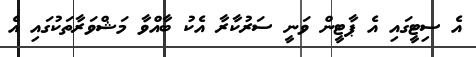
އެ ސިޓީގައި އެ ޕާޓީން ވަނީ ސަރުކާރާ އެކު ބާއްވާ މަޝްވަރާތަކުގައި އެ